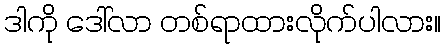
ဒါကို ဒေါ်လာ တစ်ရာထားလိုက်ပါလား။